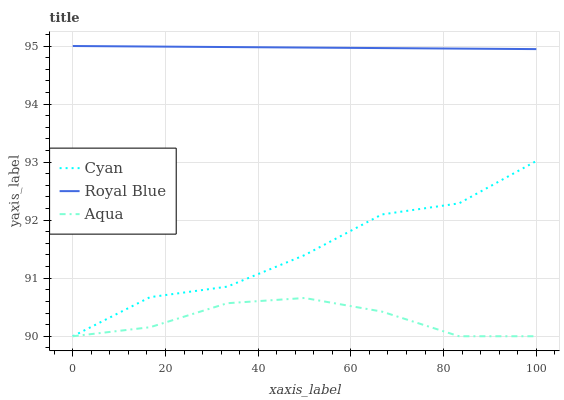
| xaxis_label | Cyan | Royal Blue | Aqua |
 | --- | --- | --- | --- |
 | 0 | 90 | 95 | 90 |
 | 16.7 | 90.7 | 95 | 90.2 |
 | 33.3 | 90.9 | 95 | 90.6 |
 | 50 | 91.4 | 95 | 90.7 |
 | 66.7 | 92.1 | 95 | 90.4 |
 | 83.3 | 92.3 | 95 | 90 |
 | 100 | 93 | 94.9 | 90 |